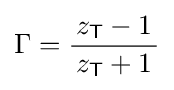
\Gamma ={\frac {z_{\mathsf {T}}-1}{\,z_{\mathsf {T}}+1\,}}